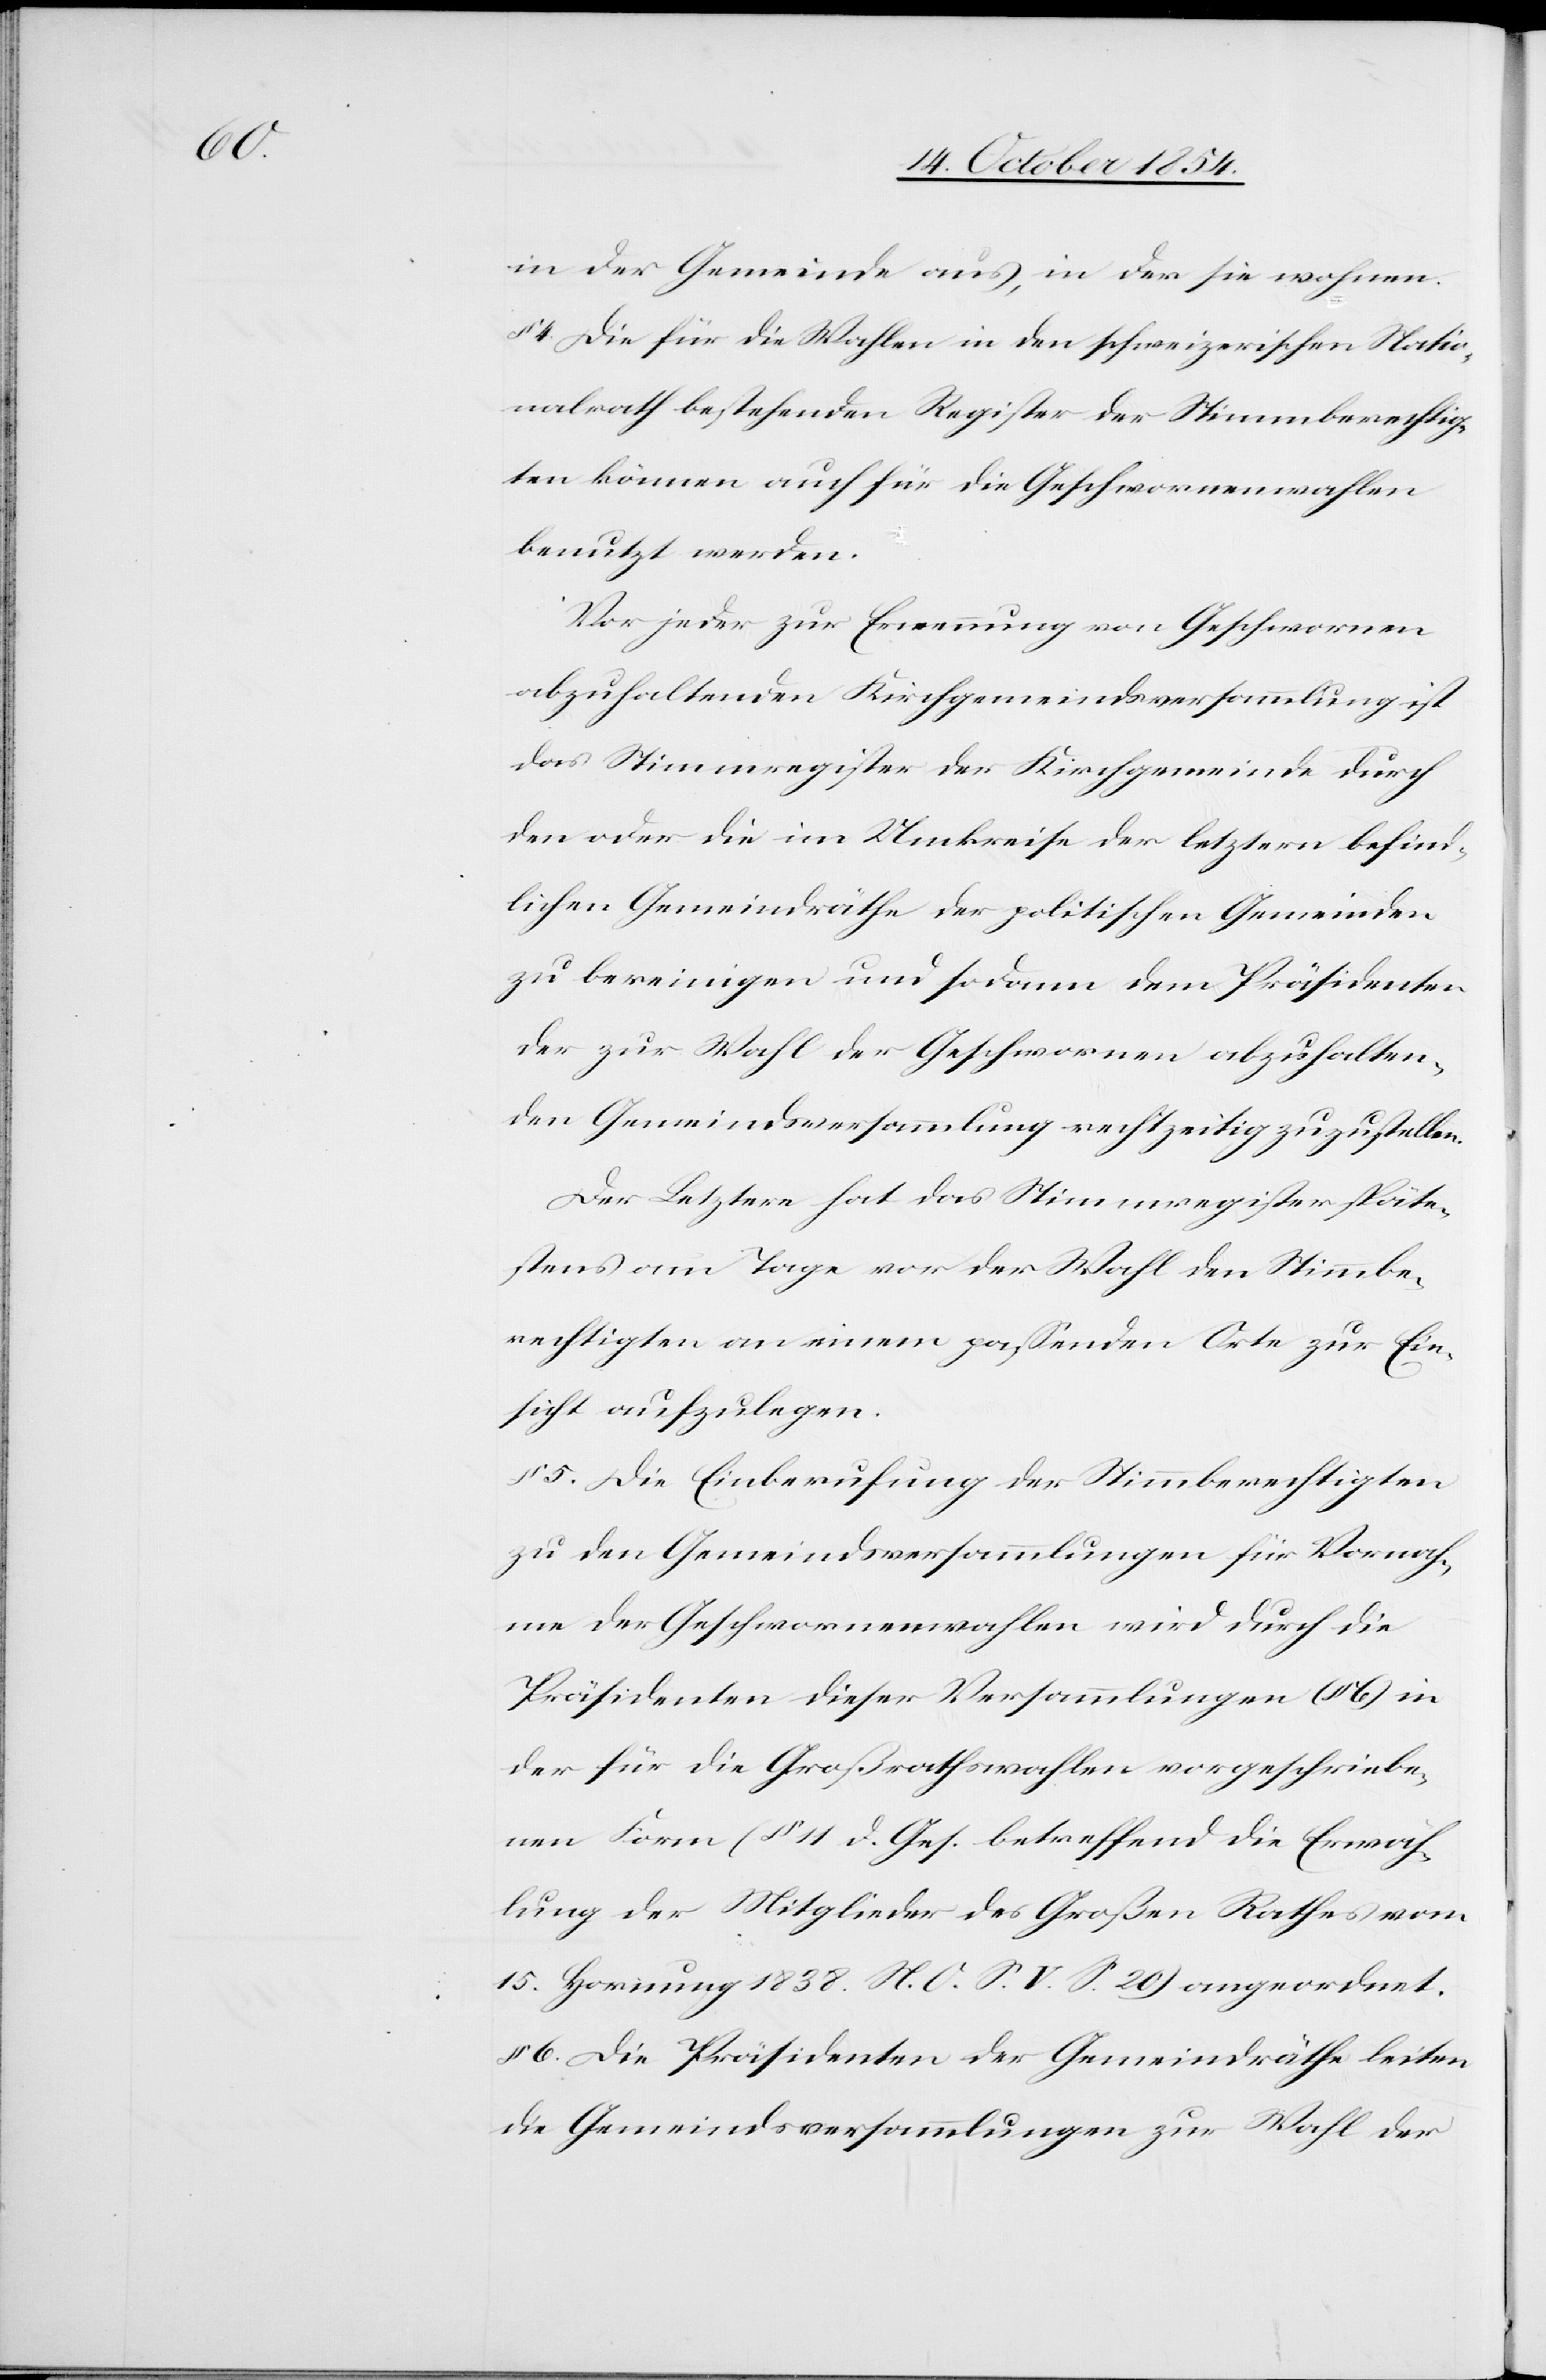
in der Gemeinde aus, in der sie wohnen.
4. Die für die Wahlen in den schweizerischen Natio¬
nalrath bestehenden Register der Stimmberechtig¬
ten können auch für die Geschwornenwahlen
benutzt werden.
Vor jeder zur Ernennung von Geschwornen
abzuhaltenden Kirchgemeindsversammlung ist
das Stimmregister der Kirchgemeinde durch
den oder die im Umkreise der letztern befind¬
lichen Gemeindräthe der politischen Gemeinden
zu bereinigen und sodann dem Präsidenten
der zu Wahl der Geschwornen abzuhalten¬
den Gemeindsversammlung rechtzeitig zuzustellen.
Der Letztere hat das Stimmregister späte¬
stens am Tage vor der Wahl den Stimmbe¬
rechtigten an einem paßenden Orte zur Ein¬
sicht aufzulegen.
§ 5. Die Einberufung der Stimmberechtigten
zu den Gemeindsversammlungen für Vornah¬
me der Geschwornenwahlen wird durch die
Präsidenten dieser Versammlungen (§ 6) in
der für die Großrathswahlen vorgeschriebe¬
nen Form (§ 11 d. Ges. betreffend die Erwäh¬
lung der Mitglieder des Großen Rathes vom
15. Hornung 1838. N. O. S. V. S. 20) angeordnet.
6. Die Präsidenten der Gemeindräthe leiten
die Gemeindsversammlungen zur Wahl der